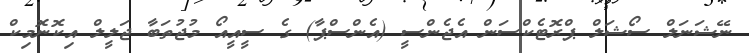
ނޭޝަނަލް ސޯޝަލް ޕްރޮޓެކްސަން އެޖެންސީ (އެންސްޕާ) ގެ ސީއީއޯ މުޖުތަބާ ޖަލީލް އިކޮނޮމިކް